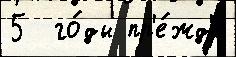
5  го́ды пр'е́жд'е